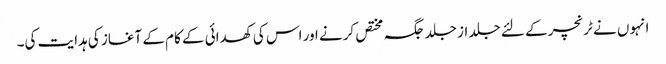
انہوں نے ٹرنچر کے لئے جلد از جلد جگہ مختص کرنے اور اس کی کھدائی کے کام کے آغاز کی ہدایت کی۔